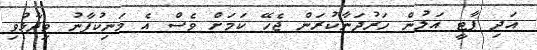
އަދި ޕާޓީ އަލުން ހަރުދަނާކުރަން ޖެހޭ ކަމަށް ވެސް އެ މަނިކުފާނު ވިދާޅުވި